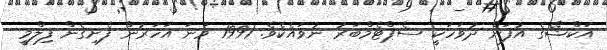
އަކްޝޭގެ އުފަން ދުވަހަކީ ސެޕްޓެމްބަރު ނުވައެކެވެ. 1991 ވަނަ އަހަރުން ފެށިގެން ފިލްމީ